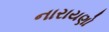
નારાયણો